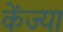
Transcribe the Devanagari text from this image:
केंज्या